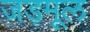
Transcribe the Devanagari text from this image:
जड़मूल